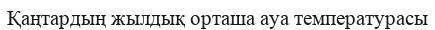
Қаңтардың жылдық орташа ауа температурасы